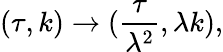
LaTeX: (\tau,k)\rightarrow(\frac{\tau}{\lambda^{2}},\lambda k),